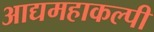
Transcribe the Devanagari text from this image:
आद्यमहाकल्पी